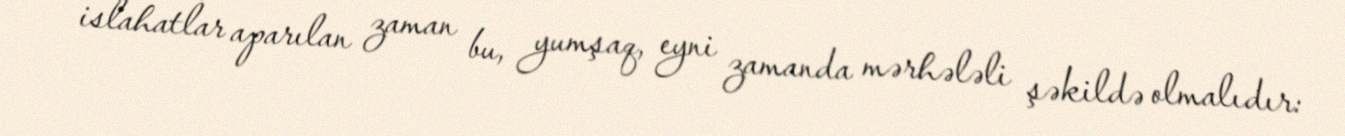
islahatlar aparılan zaman bu, yumşaq, eyni zamanda mərhələli şəkildə olmalıdır: